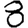
Digit: 8